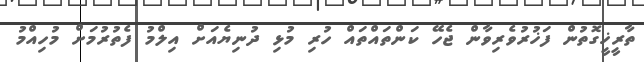
ތާރީޚީގޮތުން ފަޚުރުވެރިވާން ޖެހޭ ކަންތައްތައް ހުރި މުޅި ދުނިޔެއަށް އިލްމު ފެތުރުމަށް މުހިއްމު